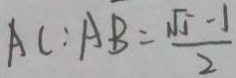
A C : A B = \frac { \sqrt { 5 } - 1 } { 2 }